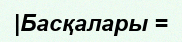
|Басқалары =